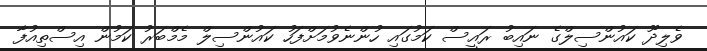
ވެލިދޫ ކައުންސިލްގެ ނައިބު ރައީސް ކަމުގައި ހުންނެވުމަށްފަހު ކައުންސިލް މެމްބަރު ކަމުން އިސްތިއުފާ